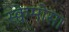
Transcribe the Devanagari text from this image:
स्क्वेमोसा